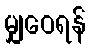
မျှဝေရန်